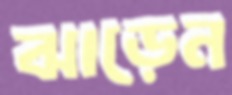
ঝাড়েন